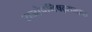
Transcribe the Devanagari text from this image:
राजोपनिषद्समाप्त